Vaccination in Bombay 1889-1901 - 1889-1901
Year: 1889
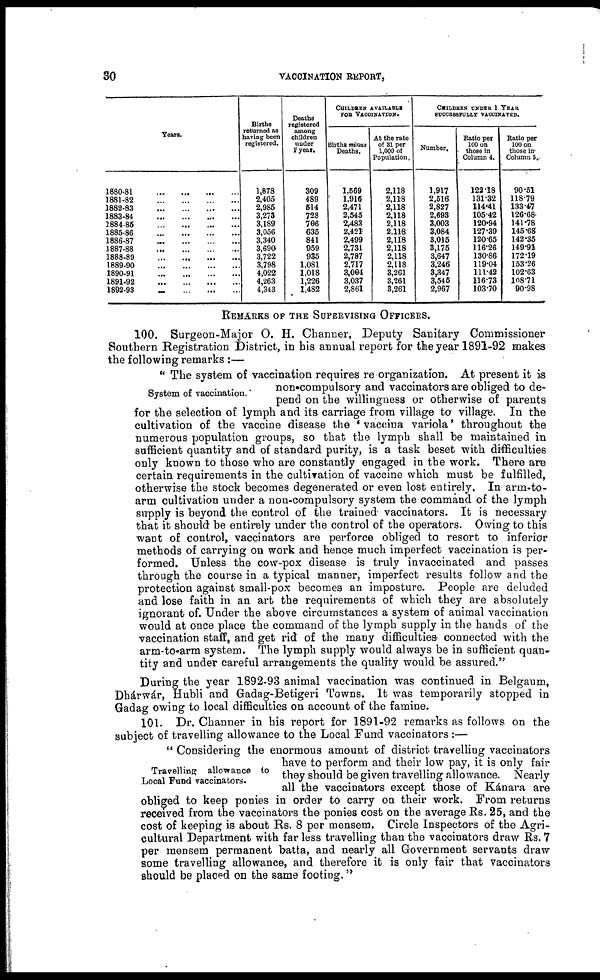
30
VACCINATION REPORT,
Years.
1880-81
... ... ... ...
1881-82
...
...
...
...
1882-83...
...
...
1883-84
...
...
...
...
1884-85
...
...
...
...
1885-86
...
...
...
...
1886-87
...
...
...
...
1887-88
...
...
...
...
1888-89
...
...
...
...
1889-90
...
...
...
...
1890-91
...
...
...
...
1891-92
...
...
...
...
1892-93
...
...
...
...
Births
returned as
having been
registered.
1,878
2,405
2,985
3,273
3,189
3,056
3,340
3,690
3,722
3,798
4,022
4,263
4,343
Deaths
registered
among
children
under
1 year.
309
489
514
728
706
635
841
959
935
1,081
1,018
1,226
1,482
CHILDREN AVAILABLE
FOR VACCINATION.
Births minus
Deaths.
1,569
1,916
2,471
2,545
2,483
2,421
2,499
2,731
2,787
2,717
3,004
3,037
2,861
At the rate
of 31 per
1,000 of
Population.
2,118
2,118
2,118
2,118
2,118
2,118
2,118
2,118
2,118
2,118
3,261
3,261
3,261
CHILDREN UNDER 1 YEAR.
SUCCESSFULLY VACCINATED.
Number.
1,917
2,516
2,827
2,693
3,003
3,084
3,015
3,175
3,647
3,246
3,347
3,545
2,967
Ratio per
100 on
those in
Column 4.
122.18
131.32
114.41
105.42
120.94
127.39
120.65
116.26
130.86
119.04
111.42
116.73
103.70
Ratio per
100 on
those in
Column 5.
90.51
118.79
133.47
126.68
141.78
145.68
142.35
149.91
172.19
153.26
102.63
108.71
90.98
REMARKS OF THE SUPERVISING OFFICERS.
100. Surgeon-Major O. H. Channer, Deputy Sanitary Commissioner
Southern Registration District, in his annual report for the year 1891-92 makes
the following remarks :—
System of vaccination.
" The system of vaccination requires re organization. At present it is
non-compulsory and vaccinators are obliged to de-
pend on the willingness or otherwise of parents
for the selection of lymph and its carriage from village to village. In the
cultivation of the vaccine disease the ' vaccina variola' throughout the
numerous population groups, so that the lymph shall be maintained in
sufficient quantity and of standard purity, is a task beset with difficulties
only known to those who are constantly engaged in the work. There are
certain requirements in the cultivation of vaccine which must be fulfilled,
otherwise the stock becomes degenerated or even lost entirely. In arm-to-
arm cultivation under a non-compulsory system the command of the lymph
supply is beyond the control of the trained vaccinators. It is necessary
that it should be entirely under the control of the operators. Owing to this
want of control, vaccinators are perforce obliged to resort to inferior
methods of carrying on work and hence much imperfect vaccination is per-
formed. Unless the cow-pox disease is truly invaccinated and passes
through the course in a typical manner, imperfect results follow and the
protection against small-pox becomes an imposture. People are deluded
and lose faith in an art the requirements of which they are absolutely
ignorant of. Under the above circumstances a system of animal vaccination
would at once place the command of the lymph supply in the hands of the
vaccination staff, and get rid of the many difficulties connected with the
arm-to-arm system. The lymph supply would always be in sufficient quan-
tity and under careful arrangements the quality would be assured."
During the year 1892-93 animal vaccination was continued in Belgaum,
Dhárwár, Hubli and Gadag-Betigeri Towns. It was temporarily stopped in
Gadag owing to local difficulties on account of the famine.
101. Dr. Channer in his report for 1891-92 remarks as follows on the
subject of travelling allowance to the Local Fund vaccinators :—
Travelling allowance to
Local Fund vaccinators.
" Considering the enormous amount of district travelling vaccinators
have to perform and their low pay, it is only fair
they should be given travelling allowance. Nearly
all the vaccinators except those of Kánara are
obliged to keep ponies in order to carry on their work. From returns
received from the vaccinators the ponies cost on the average Rs. 25, and the
cost of keeping is about Rs. 8 per mensem. Circle Inspectors of the Agri-
cultural Department with far less travelling than the vaccinators draw Rs. 7
per mensem permanent batta, and nearly all Government servants draw
some travelling allowance, and therefore it is only fair that vaccinators
should be placed on the same footing."